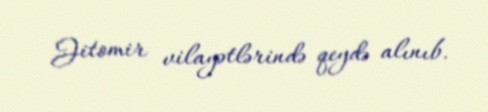
Jitomir vilayətlərində qeydə alınıb.